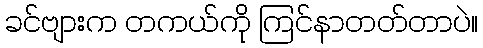
ခင်ဗျားက တကယ်ကို ကြင်နာတတ်တာပဲ။